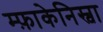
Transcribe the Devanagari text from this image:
म्फ़ाकेनिस्वा